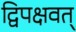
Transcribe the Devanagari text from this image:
द्विपक्षवत्‌